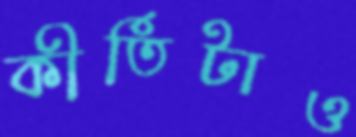
কীর্তিটাও